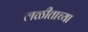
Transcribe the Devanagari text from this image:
लळीताच्या